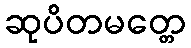
ဆုပိတမတ္တေ